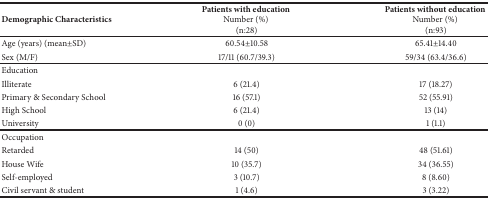
<table><thead><tr><td><b>Demographic Characteristics</b></td><td><b>Patients with education Number (%) (n:28)</b></td><td><b>Patients without education Number (%) (n:93)</b></td></tr></thead><tbody><tr><td>Age (years) (mean±SD)</td><td>60.54±10.58</td><td>65.41±14.40</td></tr><tr><td>Sex (M/F)</td><td>17/11 (60.7/39.3)</td><td>59/34 (63.4/36.6)</td></tr><tr><td>Education</td><td> </td><td> </td></tr><tr><td> Illiterate</td><td>6 (21.4)</td><td>17 (18.27)</td></tr><tr><td> Primary &amp; Secondary School</td><td>16 (57.1)</td><td>52 (55.91)</td></tr><tr><td>High School</td><td>6 (21.4)</td><td>13 (14)</td></tr><tr><td>University</td><td>0 (0)</td><td>1 (1.1)</td></tr><tr><td>Occupation</td><td> </td><td> </td></tr><tr><td>Retarded</td><td>14 (50)</td><td>48 (51.61)</td></tr><tr><td>House Wife</td><td>10 (35.7)</td><td>34 (36.55)</td></tr><tr><td>Self-employed</td><td>3 (10.7)</td><td>8 (8.60)</td></tr><tr><td>Civil servant &amp; student</td><td>1 (4.6)</td><td>3 (3.22)</td></tr></tbody></table>